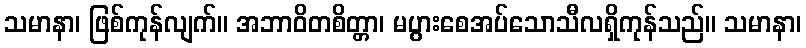
သမာနာ၊ ဖြစ်ကုန်လျက်။ အဘာဝိတစိတ္တာ၊ မပွားစေအပ်သောသီလရှိကုန်သည်။ သမာနာ၊